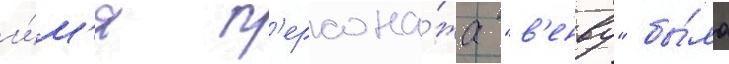
и́м'я п'ерсона́жа "в'енву" бы́ло